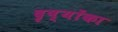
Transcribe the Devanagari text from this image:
दृष्योंका